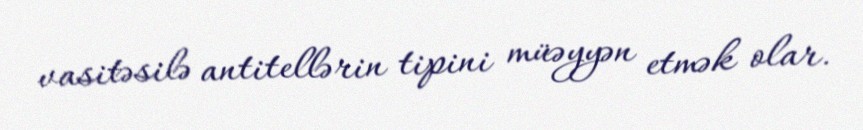
vasitəsilə antitellərin tipini müəyyən etmək olar.